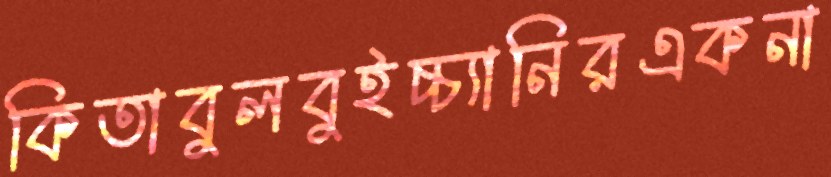
কিতাবুলবুইচ্চ্যানিরএকনা